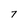
Character: 7